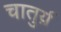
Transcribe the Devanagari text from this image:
चातुर्य़